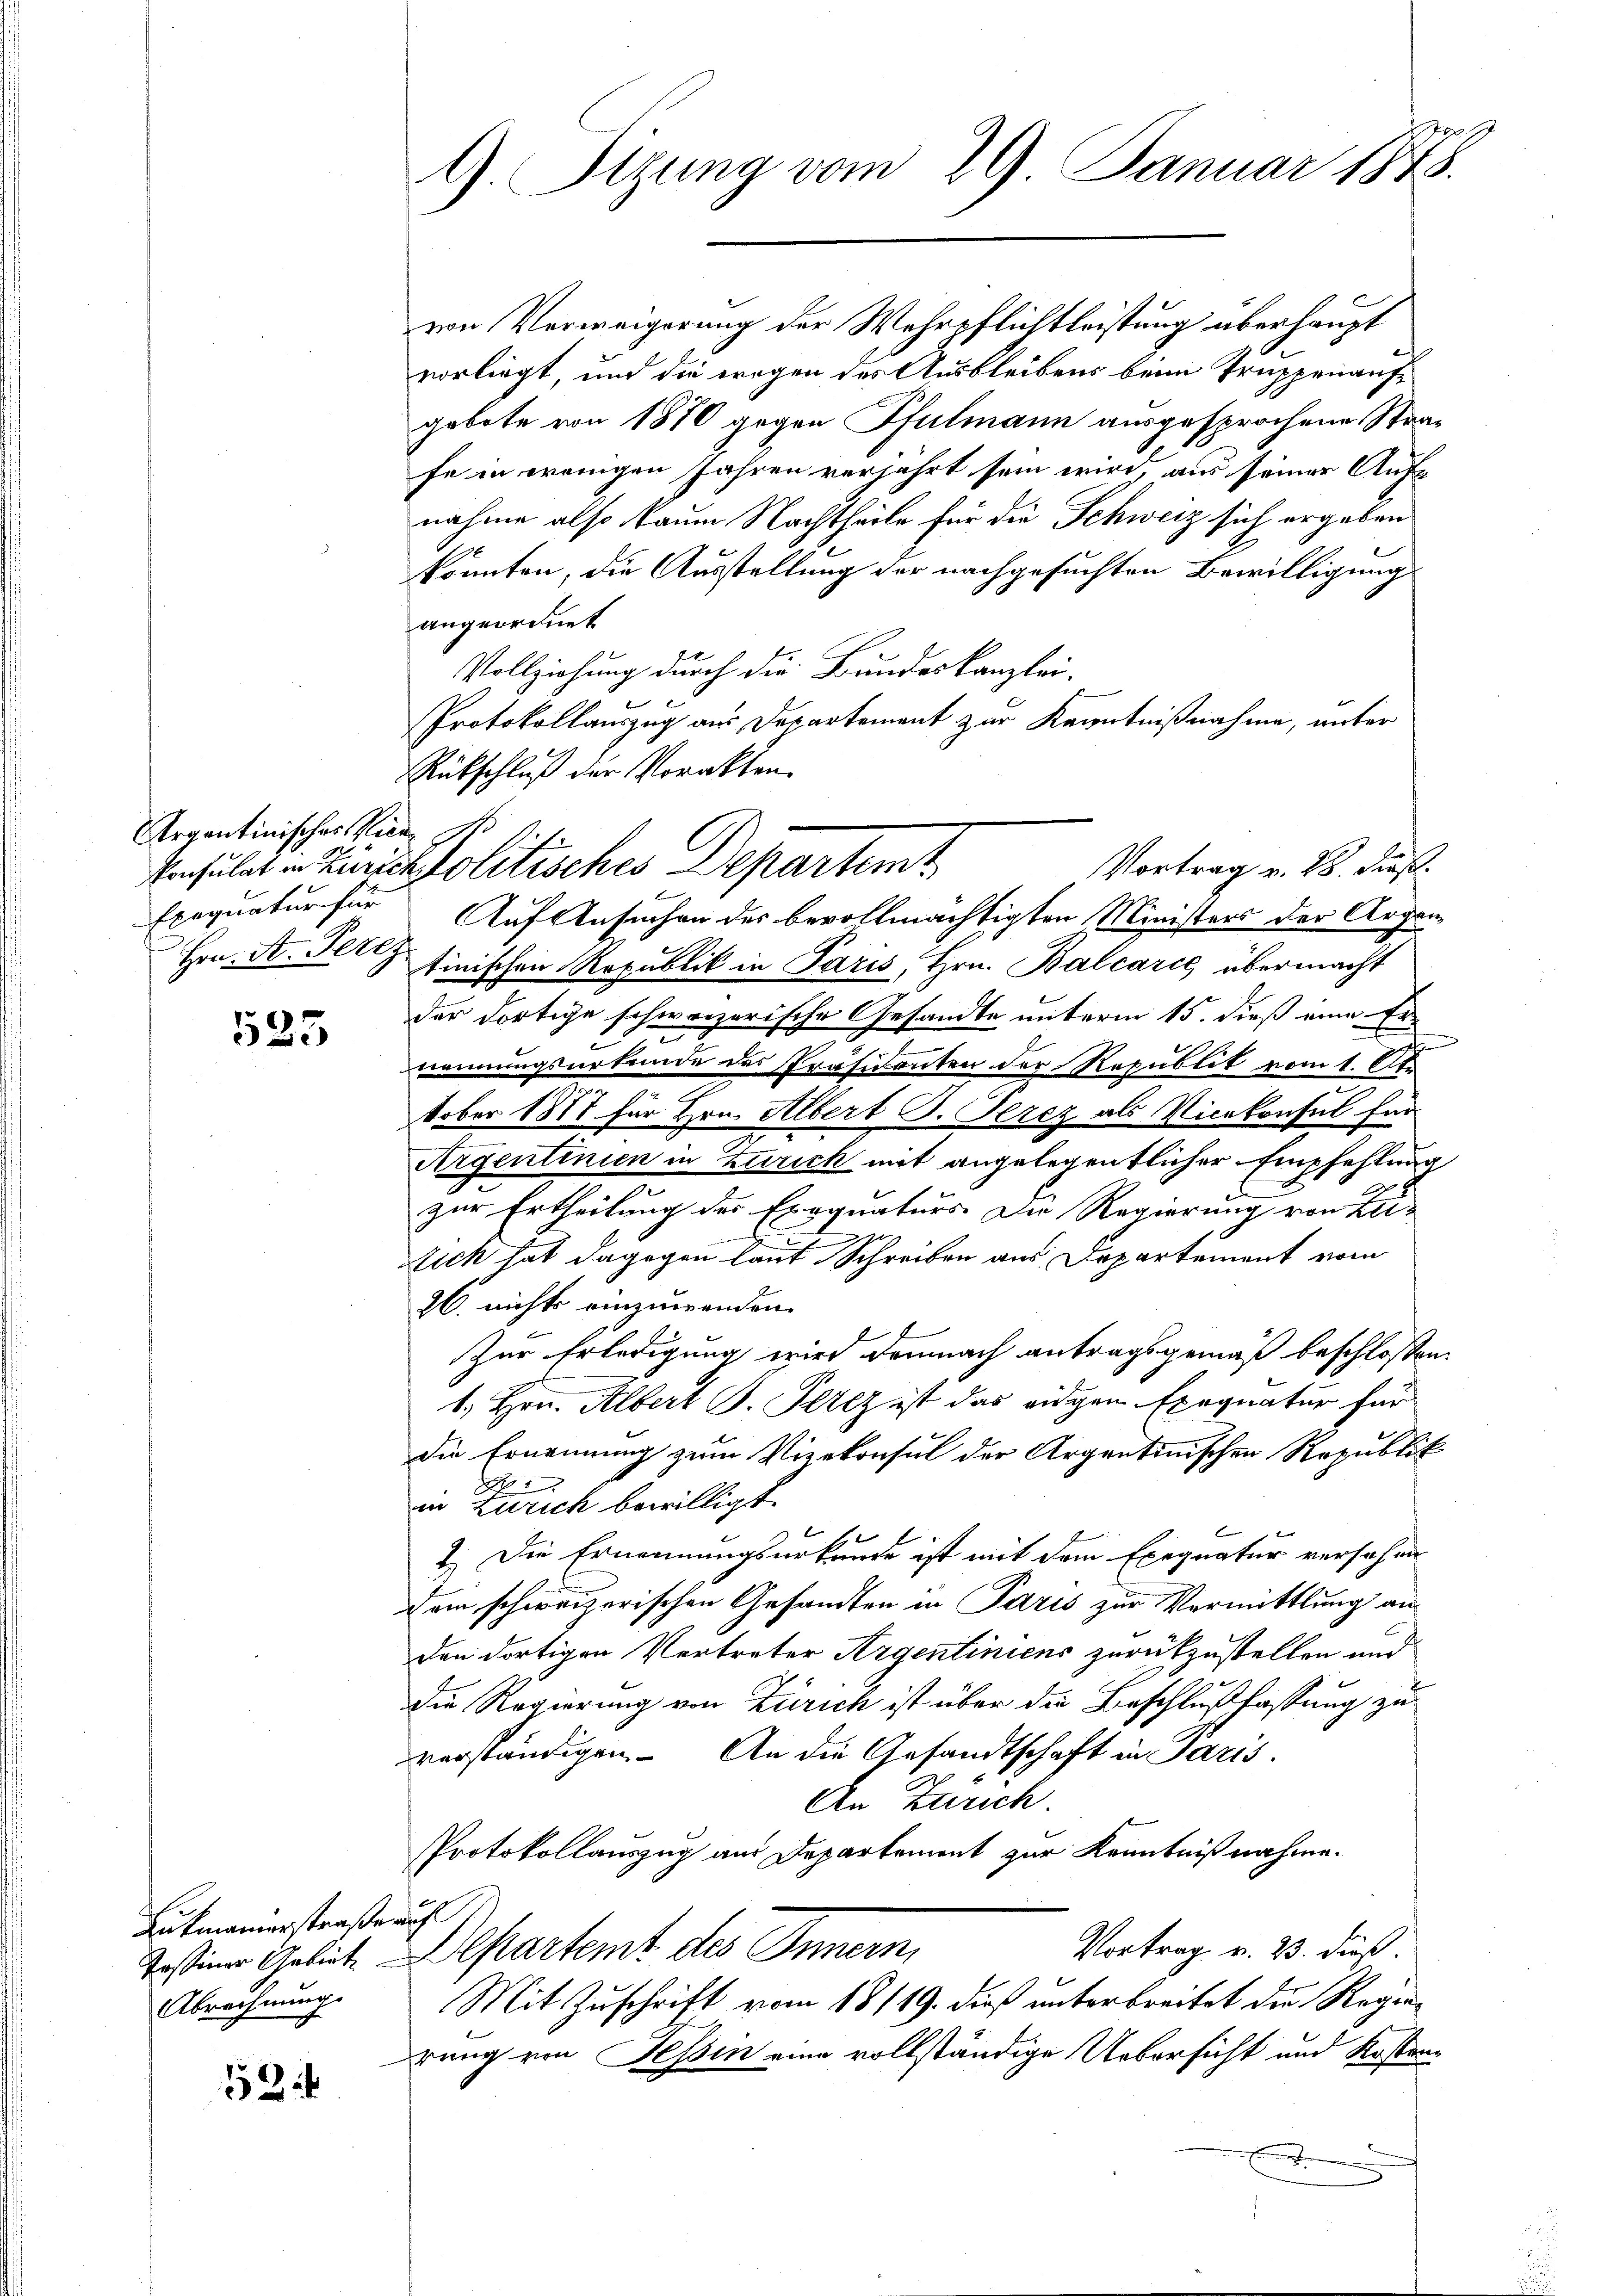
Argentinisches Vice¬
Hrn. F. Perez

523

Lukmanierstraße auf
Abrechnung.

524

G. Sizung vom 29. Januar 1878.

von Verweigerung der Wehrpflichtleistung überhaupt
vorliegt, und die wegen des Ausbleibens beim Truppenaufgebote von 1870 gegen Pfulmann ausgesprochene Strafe in wenigen Jahren verjährt sein wird, aus seiner Aufnahme also kaum Nachtheile für die Schweiz sich ergeben
konnten, die Ausstellung der nachgesuchten Bewilligung
angeordnet
Vollziehung durch die Bundeskanzlei-
Protokollauszug aus Departement zur Kenntnißnahme, unter
Rückschluß der Vorakten.
Exequatur für Auf Ansuchen des bevollmächtigten Ministers der Argautinischen Republik in Paris, Hrn. Balcarie übermacht
der dortige schweizerische Gesandte unterm 15. dieß eine Ernennungsurkunde des Präsidenten der Republik vom 1. Ot
z
tober 1877 für Hrn. Albert B. Gerez als Vicekonsul für
Argentinien in Zürich mit angelegentlicher Empfehlung
zur Ertheilung des Exequaturs. Die Regierung von Lei¬

lich hat dagegen laut Schreiben aus Departement vom
26. nichts einzuwenden.
Zur Erledigung wird demnach antragsgemäß beschlossen:
1. Hrn. Albert S. Pelz ist das eidgen Exequatur für
die Ernennung zum Vizekonsul der Argentinischen Republik
1
in Zürich bewilligt.
2.) Die Ernennungsurkunde ist mit dem Exequatur versehen
dem schweizerischen Gesandten in Paris zur Vermittlung an
den dortigen Vertreter Argentiniens zurückzustellen und
die Regierung von Zürich ist über die Beschlußfassung zu
verständigen. An die Gesandtschaft in Paris.
An Zürich.
Protokollauszug aus Departement zur Kenntnißnahme.
Vortrag v. 23. Fuß.
Tosiner Gebiet. Departemt des Innern,
Mit Zuschrift vom 18/19. dieß unterbreitet die Regen
rung von Tessin eine vollständige Uebersicht und Kosten¬

Vortrag v. 25. Jos.
Ainsulat v. Kurie Politisches Departemt